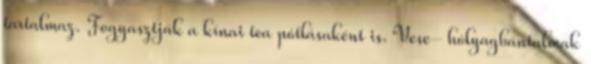
tartalmaz. Fogyasztják a kínai tea pótlásaként is. Vese- hólyagbántalmak